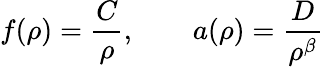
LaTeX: f(\rho)=\frac{C}{\rho},\qquad a(\rho)=\frac{D}{\rho^{\beta}}